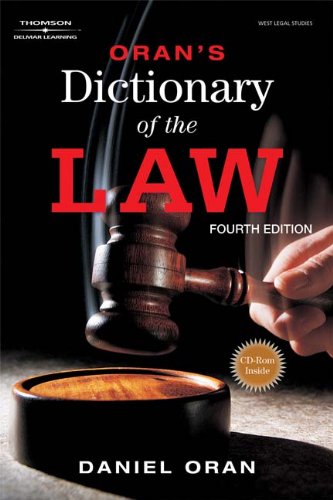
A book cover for Oran's Dictionary of the Law; Daniel Oran; Law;